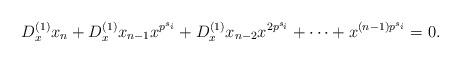
LaTeX: \begin{align*}D_x^{(1)}x_n+D_x^{(1)}x_{n-1}x^{p^{s_i}}+D_x^{(1)}x_{n-2}x^{2p^{s_i}}+\cdots+x^{(n-1)p^{s_i}}=0.\end{align*}